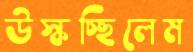
উস্‌কচ্ছিলেম